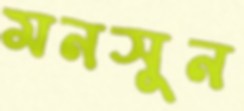
মনসুন